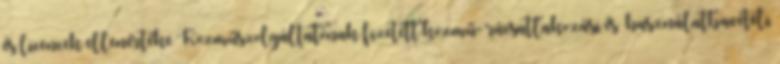
és licencek ellenértéke Közműszolgáltatónak fizetett közmű- rácsatlakozási és –használatbavételi